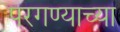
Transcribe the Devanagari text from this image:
परगण्याच्या